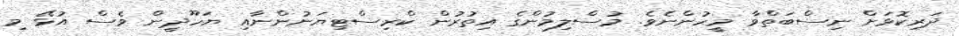
ދަރިކޮޅަށް ނިސްބަތްވާ މީހުންނެވެ. މުސްލިމުންގެ އިތުރުން ކްރިސްޓިޔަނުންނާއި ޔަހޫދީން ވެސް އުޅޭ މި